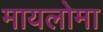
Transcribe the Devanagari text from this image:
मायलोमा